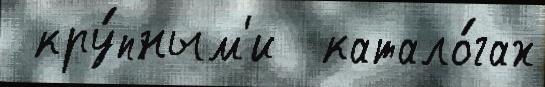
 кру́пным'и  катало́гах